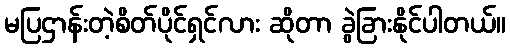
မပြဌာန်းတဲ့စိတ်ပိုင်ရှင်လား ဆိုတာ ခွဲခြားနိုင်ပါတယ်။